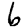
Digit: 6